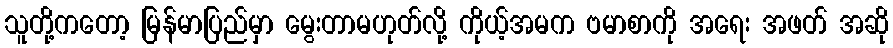
သူတို့ကတော့ မြန်မာပြည်မှာ မွေးတာမဟုတ်လို့ ကိုယ့်အမက ဗမာစာကို အရေး အဖတ် အဆို